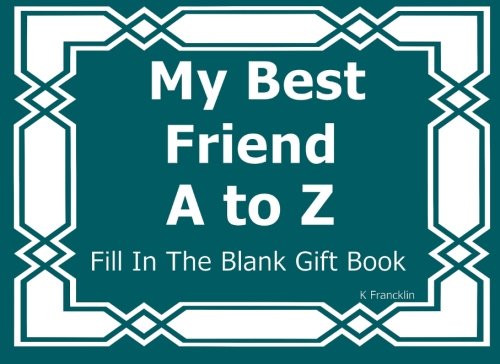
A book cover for My Best Friend A to Z Fill In The Blank Gft Book (A to Z Gift Books) (Volume 9); K Francklin; Self-Help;